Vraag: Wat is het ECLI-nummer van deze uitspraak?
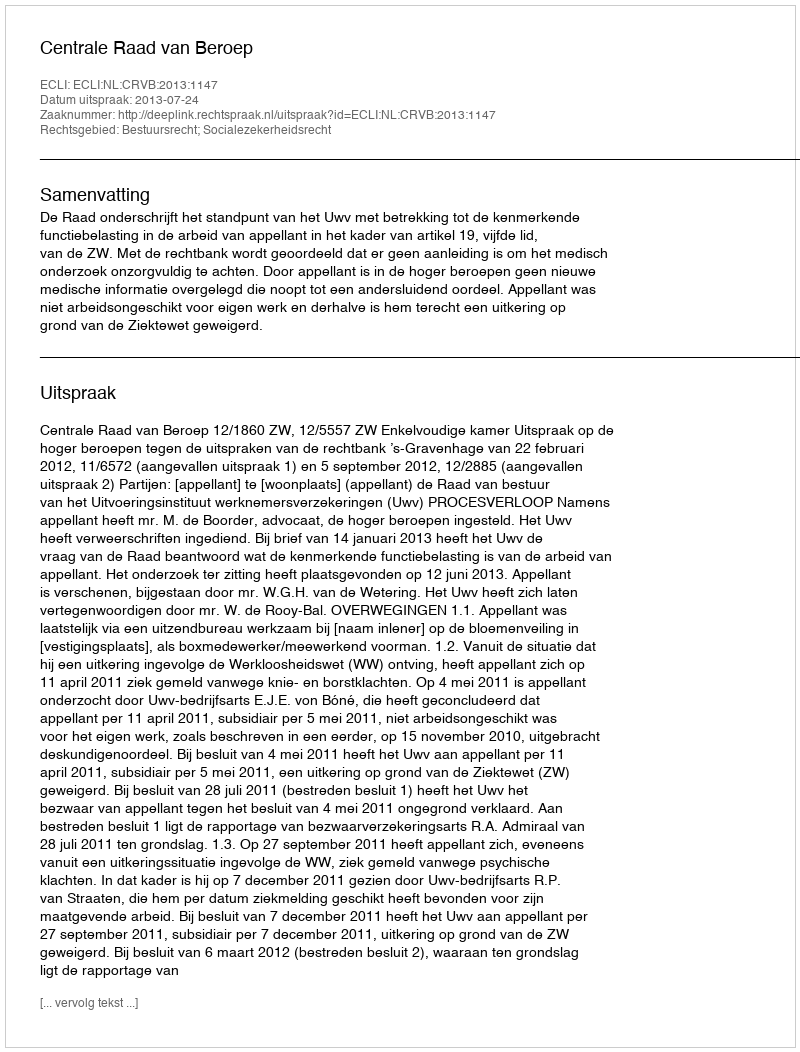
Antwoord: ECLI:NL:CRVB:2013:1147